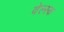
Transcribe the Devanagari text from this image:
वेल्स्क